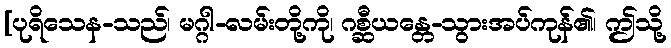
[ပုရိသေန-သည်၊ မဂ္ဂါ-လမ်းတို့ကို၊ ဂစ္ဆီယန္တေ-သွားအပ်ကုန်၏၊ ဤသို့